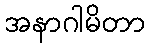
အနာဂါမိတာ